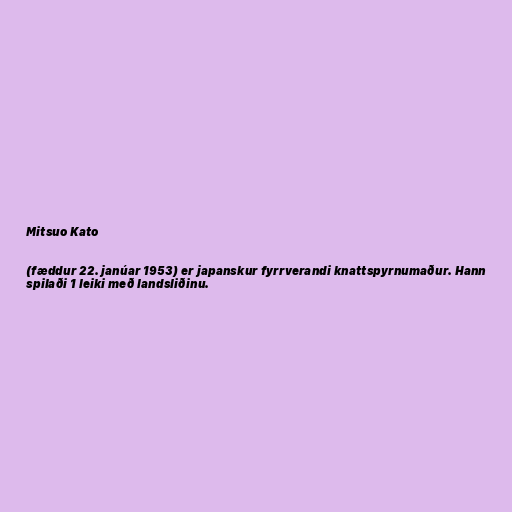
Mitsuo Kato

(fæddur 22. janúar 1953) er japanskur fyrrverandi knattspyrnumaður. Hann
spilaði 1 leiki með landsliðinu.